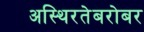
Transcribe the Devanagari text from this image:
अस्थिरतेबरोबर